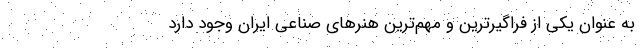
به عنوان یکی از فراگیرترین و مهم‌ترین هنرهای صناعی ایران وجود دارد